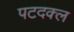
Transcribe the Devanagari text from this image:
पटदक्ल